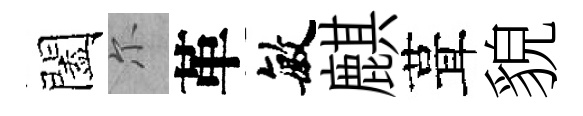
闔尓革敏麒葺貌